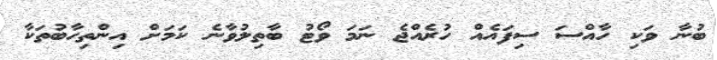
ބުނާ ވަކި ހާއްސަ ސިފައެއް ހުރެއްޖެ ނަމަ ވޯޓު ބާތިލުވާނެ ކަމަށް އިންތިހާބުތަކާ